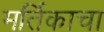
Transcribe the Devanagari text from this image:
मर्तिकाचा